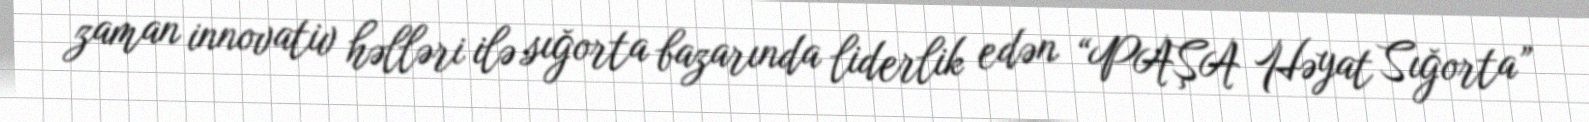
zaman innovativ həlləri ilə sığorta bazarında liderlik edən “PAŞA Həyat Sığorta”